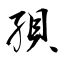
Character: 孭